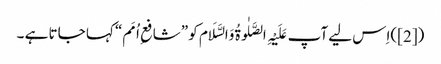
([2])اِس لیے آپ عَلَیْہِ الصَّلٰوۃُ وَالسَّلَام کو ”شافعِ اُمَم“ کہا جاتا ہے ۔